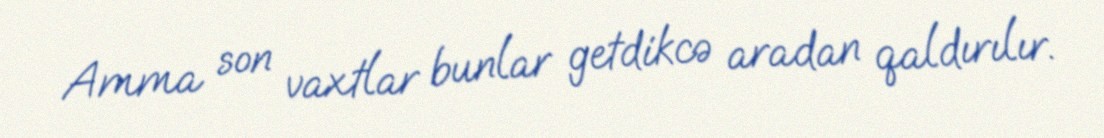
Amma son vaxtlar bunlar getdikcə aradan qaldırılır.